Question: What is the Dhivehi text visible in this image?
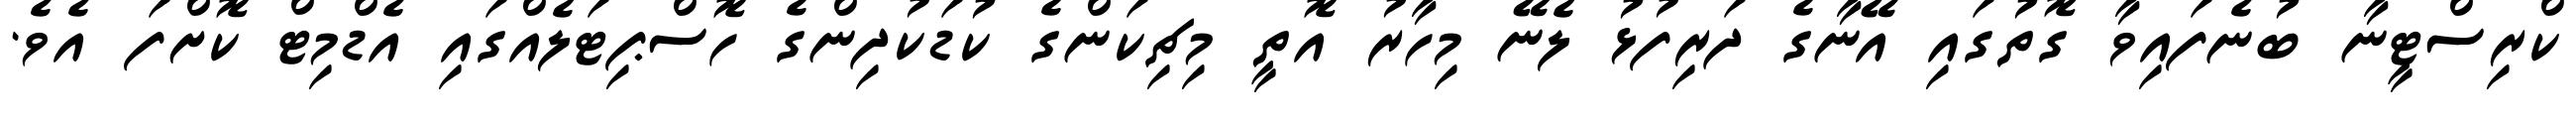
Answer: ކްރިސްޓީނާ ބުނެފައިވާ ގޮތުގައި އޭނާގެ ދަރިފުޅު ލެނޭ މިހާރު އޮތީ މިޗިކަންގެ ކުޑަކުދިންގެ ހޮސްޕިޓަލެއްގައި އެޑްމިޓް ކޮށްފަ އެވެ.